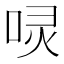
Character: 𠴌